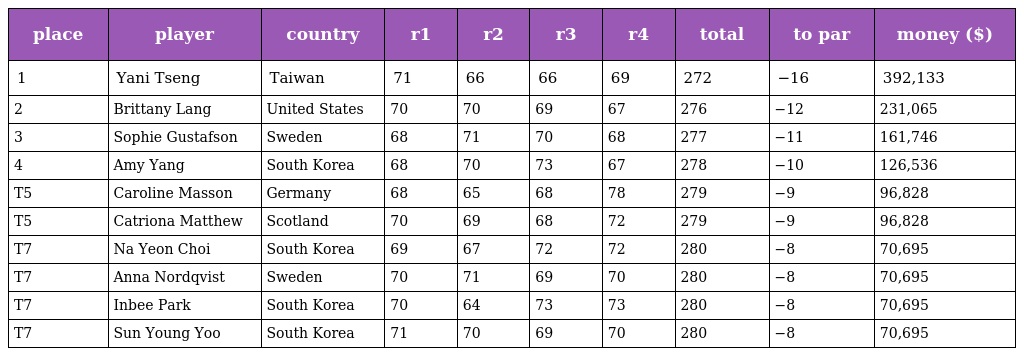
| place | player | country | r1 | r2 | r3 | r4 | total | to par | money ($) |
 | --- | --- | --- | --- | --- | --- | --- | --- | --- | --- |
 | 1 | Yani Tseng | Taiwan | 71 | 66 | 66 | 69 | 272 | −16 | 392,133 |
 | 2 | Brittany Lang | United States | 70 | 70 | 69 | 67 | 276 | −12 | 231,065 |
 | 3 | Sophie Gustafson | Sweden | 68 | 71 | 70 | 68 | 277 | −11 | 161,746 |
 | 4 | Amy Yang | South Korea | 68 | 70 | 73 | 67 | 278 | −10 | 126,536 |
 | T5 | Caroline Masson | Germany | 68 | 65 | 68 | 78 | 279 | −9 | 96,828 |
 | T5 | Catriona Matthew | Scotland | 70 | 69 | 68 | 72 | 279 | −9 | 96,828 |
 | T7 | Na Yeon Choi | South Korea | 69 | 67 | 72 | 72 | 280 | −8 | 70,695 |
 | T7 | Anna Nordqvist | Sweden | 70 | 71 | 69 | 70 | 280 | −8 | 70,695 |
 | T7 | Inbee Park | South Korea | 70 | 64 | 73 | 73 | 280 | −8 | 70,695 |
 | T7 | Sun Young Yoo | South Korea | 71 | 70 | 69 | 70 | 280 | −8 | 70,695 |